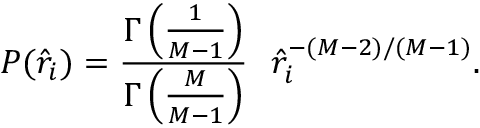
P ( \hat { r } _ { i } ) = \frac { \Gamma \left( \frac { 1 } { M - 1 } \right) } { \Gamma \left( \frac { M } { M - 1 } \right) } \ \ \hat { r } _ { i } ^ { - ( M - 2 ) / ( M - 1 ) } .